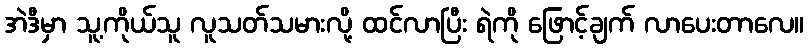
အဲဒီမှာ သူ့ကိုယ်သူ လူသတ်သမားလို့ ထင်လာပြီး ရဲကို ဖြောင့်ချက် လာပေးတာလေ။